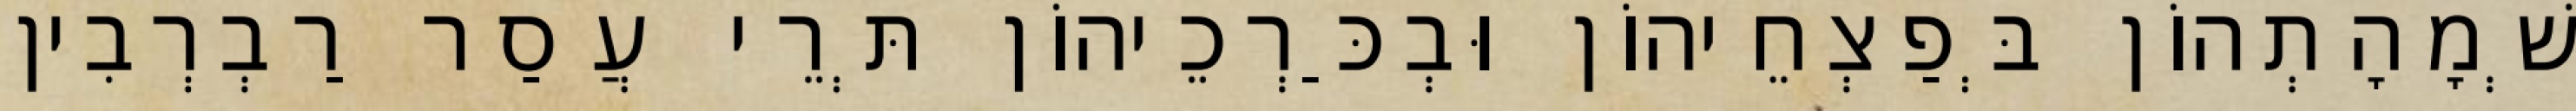
שְׁמָהָתְהוֹן בְּפַצְחֵיהוֹן וּבְכַּרְכֵיהוֹן תְּרֵי עֲסַר רַבְרְבִין